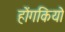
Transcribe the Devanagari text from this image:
होंगकियो